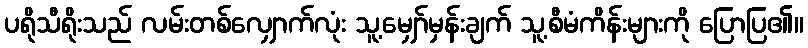
ပရိုသီရိုးသည် လမ်းတစ်လျှောက်လုံး သူ့မျှော်မှန်းချက် သူ့စီမံကိန်းများကို ပြောပြ၏။